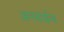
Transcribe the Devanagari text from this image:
अनसाईन्ड